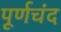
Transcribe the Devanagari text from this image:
पूर्णचंद